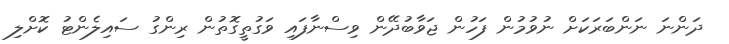
ދަންނަ ނަންބަރަކަށް ނުވުމުން ފަހުން ޖަވާބުދޭން ވިސްނާފައި ވަގުތީގޮތުން ރިންގު ސައިލެންޓު ކޮށްލި